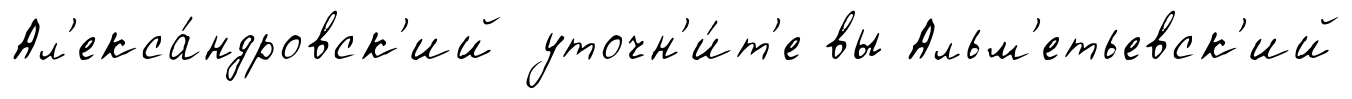
Ал'екса́ндровск'ий уточн'и́т'е вы Альм'етьевск'ий